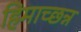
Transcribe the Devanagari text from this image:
हिमाच्छन्न